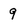
Character: 9